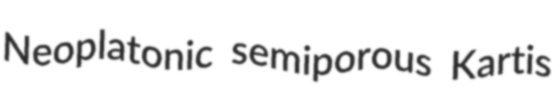
Neoplatonic semiporous Kartis